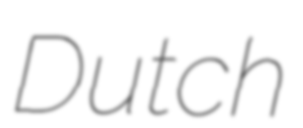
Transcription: Dutch